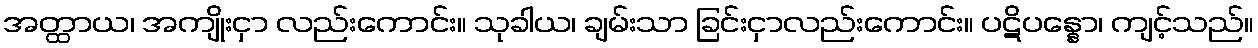
အတ္ထာယ၊ အကျိုးငှာ လည်းကောင်း။ သုခါယ၊ ချမ်းသာ ခြင်းငှာလည်းကောင်း။ ပဋိပန္နော၊ ကျင့်သည်။